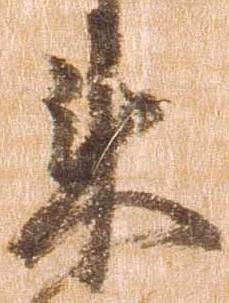
来